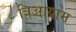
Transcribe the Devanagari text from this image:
त्रिआयाम